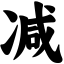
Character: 减